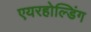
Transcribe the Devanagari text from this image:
एयरहोल्डिंग